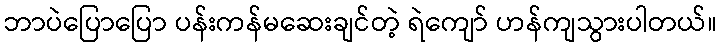
ဘာပဲပြောပြော ပန်းကန်မဆေးချင်တဲ့ ရဲကျော် ဟန်ကျသွားပါတယ်။